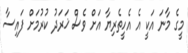
މީގެ މާނަ އަކީ އެ އެހީތެރިޔާ އަށް ވެސް ޚަރަދު ކުރުމަށް ފައިސާ